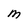
Character: M